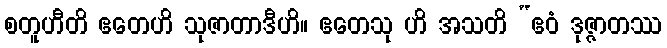
စတူဟီတိ ဧတေဟိ သုဇာတာဒီဟိ။ ဧတေသု ဟိ အသတိ “ဧဝံ ဒုဇ္ဇာတဿ